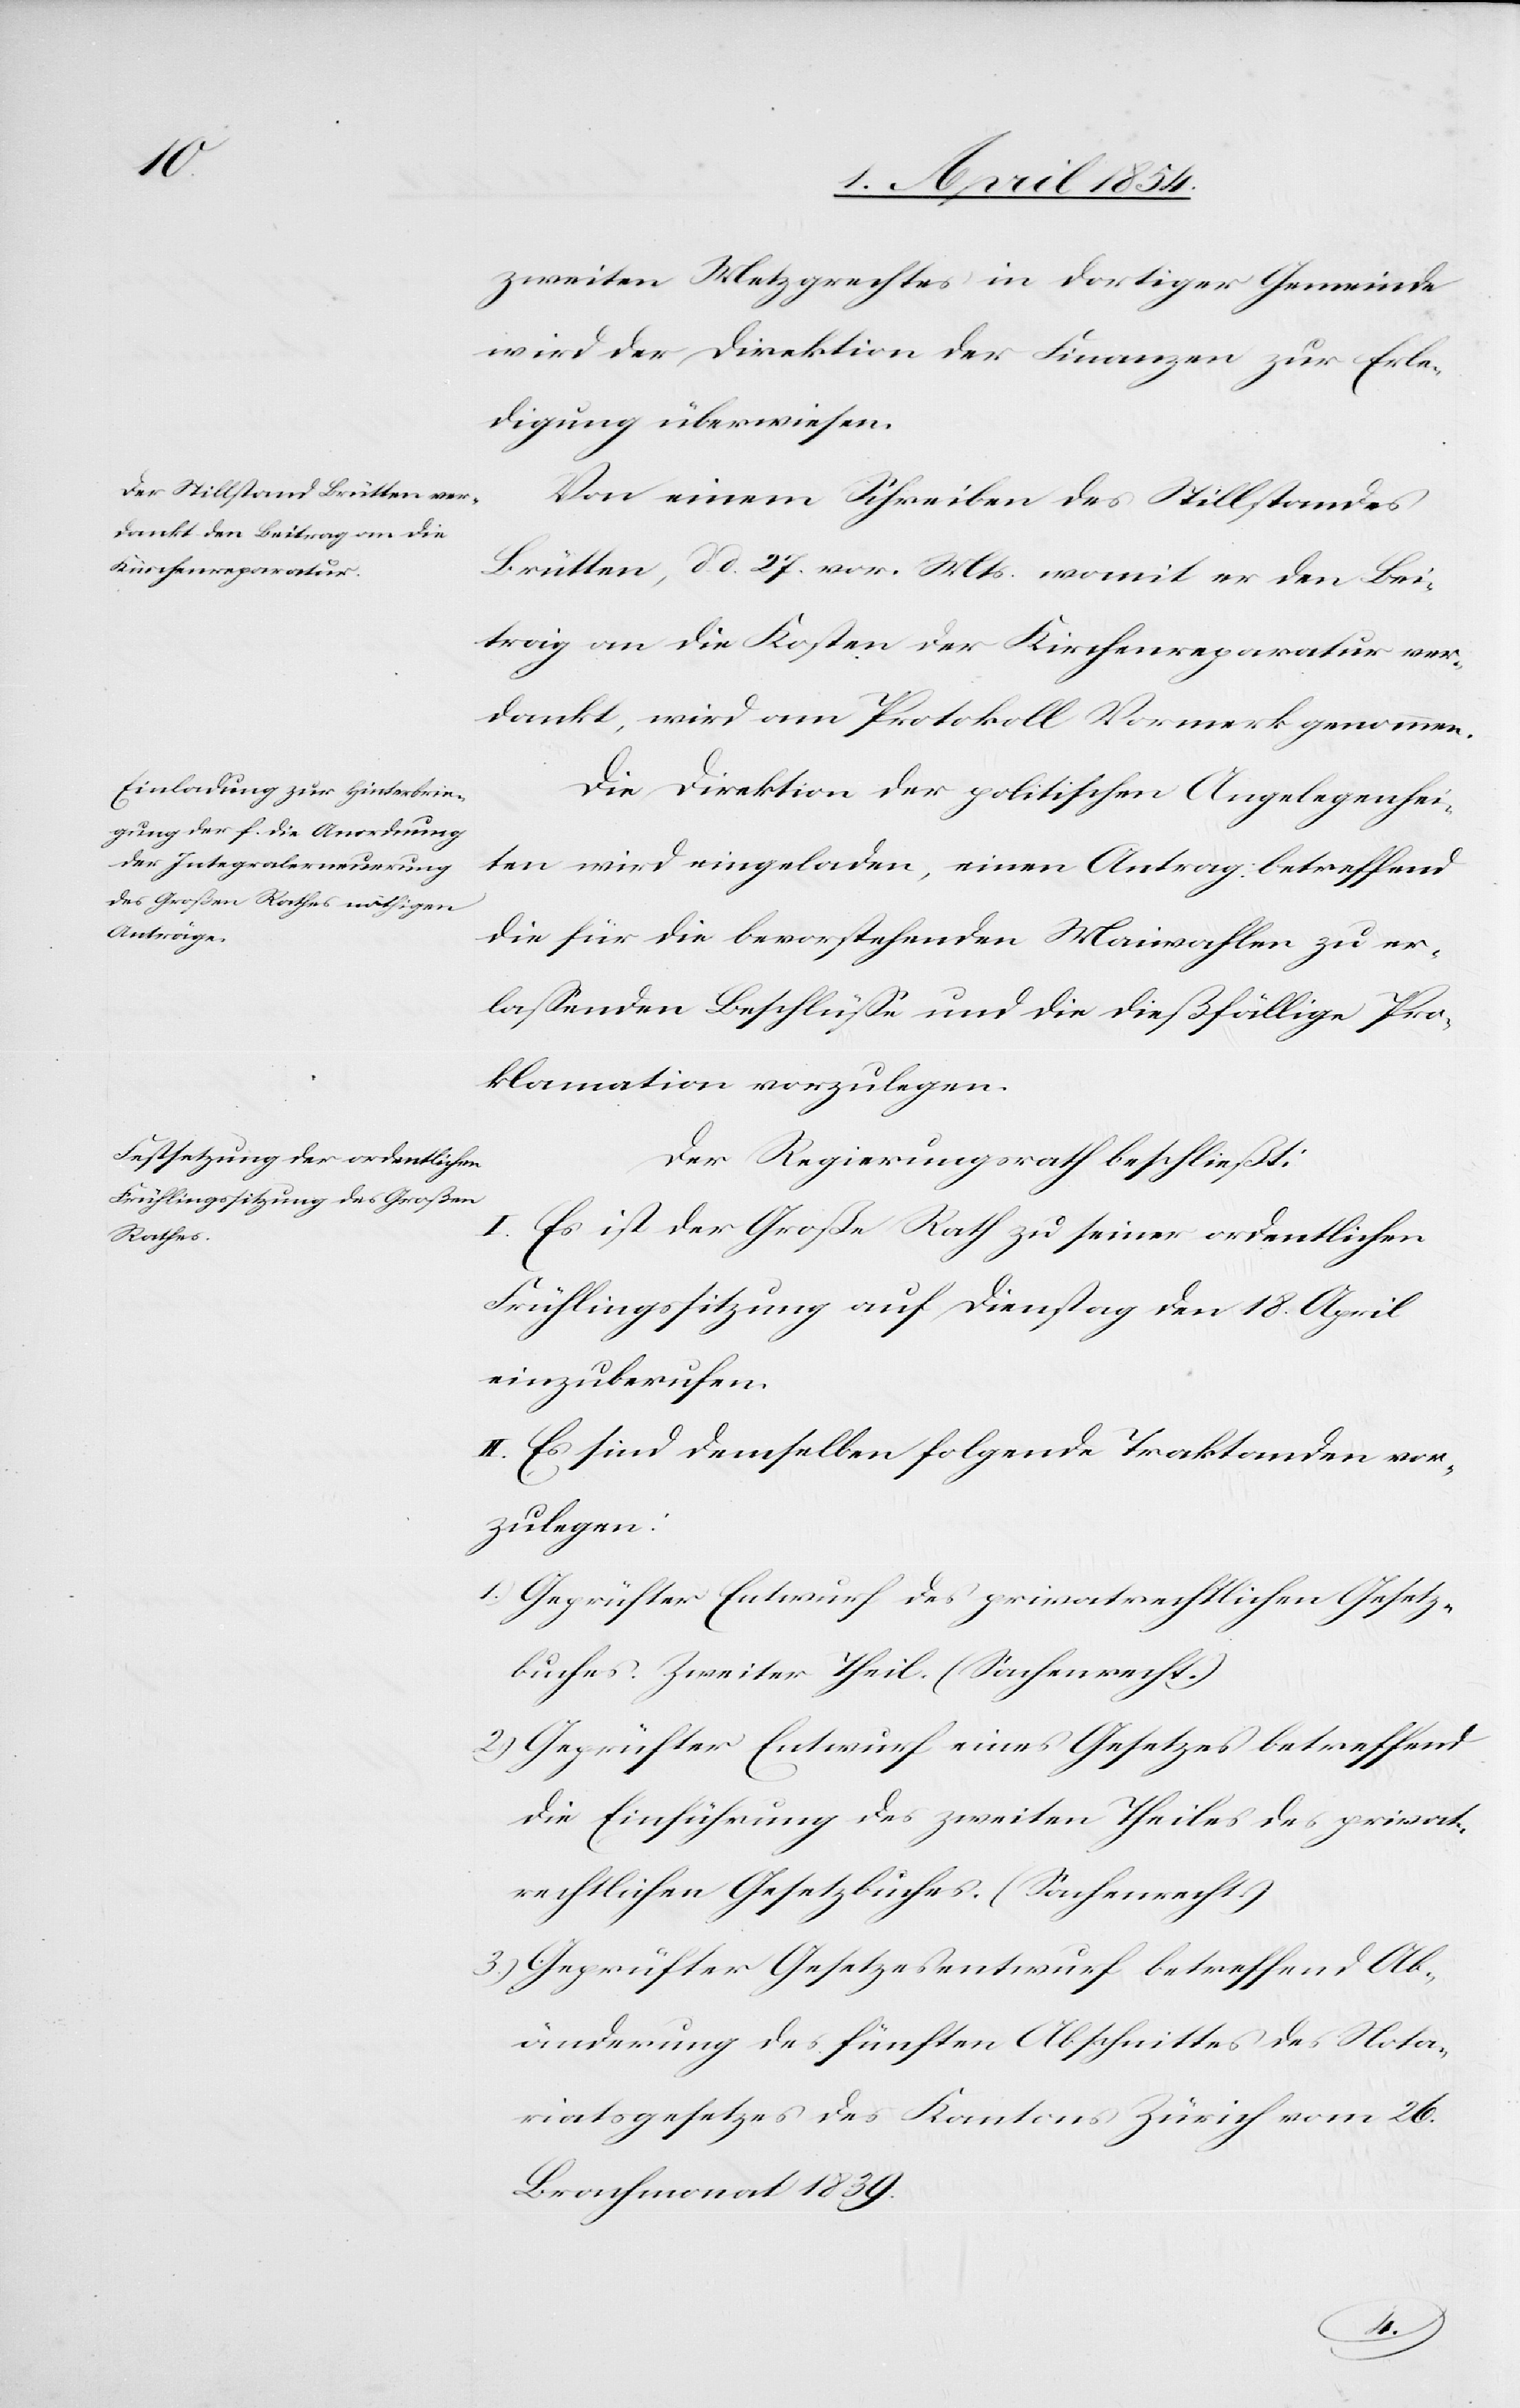
zweiten Metzgrechtes in dortiger Gemeinde
wird der Direktion der Finanzen zur Erle¬
digung überwiesen.
Von einem Schreiben des Stillstandes
Brütten, d. d. 27. vor. Mts. womit er den Bei¬
trag an die Kosten der Kirchenreparatur ver¬
dankt, wird am Protokoll Vormerk genommen.
Die Direktion der politischen Angelegenhei¬
ten wird eingeladen, einen Antrag betreffend
die für die bevorstehenden Maiwahlen zu er¬
laßenden Beschlüße und die dießfällige Pro¬
klamation vorzulegen.
Der Regierungsrath beschließt:
I. Es ist der Große Rath zu seiner ordentlichen
Frühlingssitzung auf Dienstag den 18. April
einzuberufen.
II: Es sind demselben folgende Traktanden vor¬
zulegen:
1.) Geprüfter Entwurf des privatrechtlichen Gesetz¬
buches. Zweiter Theil. (Sachenrecht.)
2.) Geprüfter Entwurf eines Gesetzes betreffend
die Einführung des zweiten Theiles des privat¬
rechtlichen Gesetzbuches. (Sachenrecht)
3.) Geprüfter Gesetzesentwurf betreffend Ab¬
änderung des fünften Abschnittes des Nota¬
riatsgesetzes des Kantons Zürich vom 26.
Brachmonat 1839.